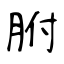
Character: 胕